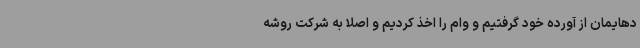
دهایمان از آورده خود گرفتیم و وام را اخذ کردیم و اصلا به شرکت روشه